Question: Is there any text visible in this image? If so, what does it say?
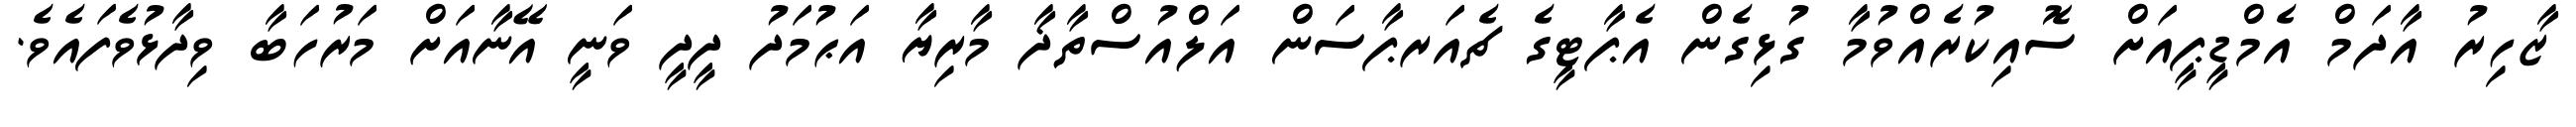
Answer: ޒާހިރު އާދަމް އެމްޑީޕީއަށް ސޮއިކުރެއްވުމާ ގުޅިގެން އެޕާޓީގެ ޗެއަރޕާސަން އަލްއުސްތާޛާ މާރިޔާ އަޙުމަދު ދީދީ ވަނީ އޭނާއަށް މަރުހަބާ ވިދާޅުވެފައެވެ.